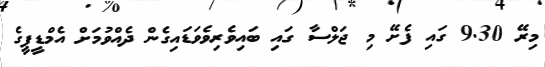
މިރޭ 9.30 ގައި ފެށޭ މި ޖަލްސާ ގައި ބައިވެރިވެވަޑައިގެން ދެއްވުމަށް އެމްޑީޕީގެ